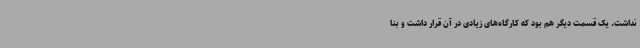
نداشت. یک قسمت دیگر هم بود که کارگاه‌های زیادی در آن قرار داشت و بنا